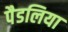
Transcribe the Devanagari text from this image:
पैडलिया